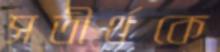
সতীর্থকে